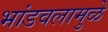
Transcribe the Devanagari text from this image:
भांडवलामुळे